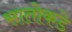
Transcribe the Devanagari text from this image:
सातोकडे